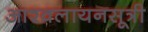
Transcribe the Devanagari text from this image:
आश्वलायनसूत्री